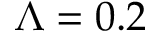
\Lambda = 0 . 2